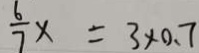
\frac { 6 } { 7 } x = 3 \times 0 . 7